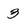
Character: 3